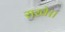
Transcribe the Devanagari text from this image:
राखे।।